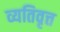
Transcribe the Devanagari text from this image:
व्यतिवृत्त